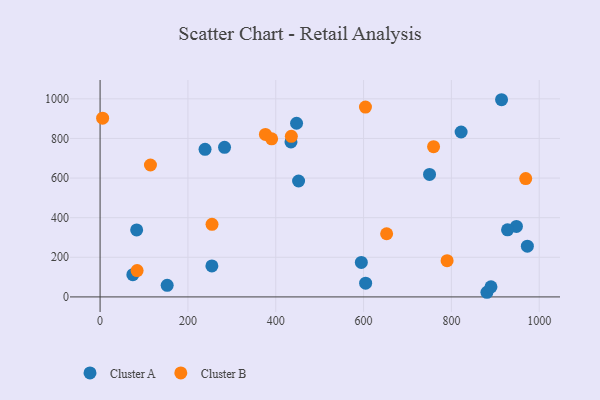
{"axis": {"x": "Engine Size", "y": "Yield"}, "legend": ["Cluster A", "Cluster B"], "data": [{"x": "434.7", "y": 782.6, "type": "Cluster A"}, {"x": "822.1", "y": 832.6, "type": "Cluster A"}, {"x": "283.4", "y": 755.0, "type": "Cluster A"}, {"x": "254.6", "y": 156.2, "type": "Cluster A"}, {"x": "750.2", "y": 618.2, "type": "Cluster A"}, {"x": "880.9", "y": 23.4, "type": "Cluster A"}, {"x": "890.1", "y": 50.8, "type": "Cluster A"}, {"x": "973.0", "y": 255.9, "type": "Cluster A"}, {"x": "152.8", "y": 58.7, "type": "Cluster A"}, {"x": "239.0", "y": 744.9, "type": "Cluster A"}, {"x": "74.6", "y": 112.2, "type": "Cluster A"}, {"x": "83.3", "y": 338.1, "type": "Cluster A"}, {"x": "604.7", "y": 69.5, "type": "Cluster A"}, {"x": "447.4", "y": 876.7, "type": "Cluster A"}, {"x": "948.1", "y": 355.6, "type": "Cluster A"}, {"x": "927.8", "y": 338.6, "type": "Cluster A"}, {"x": "452.0", "y": 585.1, "type": "Cluster A"}, {"x": "594.9", "y": 173.9, "type": "Cluster A"}, {"x": "914.2", "y": 995.5, "type": "Cluster A"}, {"x": "604.3", "y": 958.2, "type": "Cluster B"}, {"x": "652.5", "y": 318.9, "type": "Cluster B"}, {"x": "435.5", "y": 810.8, "type": "Cluster B"}, {"x": "790.2", "y": 183.1, "type": "Cluster B"}, {"x": "114.7", "y": 666.0, "type": "Cluster B"}, {"x": "376.5", "y": 820.4, "type": "Cluster B"}, {"x": "390.7", "y": 798.0, "type": "Cluster B"}, {"x": "969.2", "y": 597.2, "type": "Cluster B"}, {"x": "5.8", "y": 902.3, "type": "Cluster B"}, {"x": "254.9", "y": 366.2, "type": "Cluster B"}, {"x": "84.3", "y": 133.1, "type": "Cluster B"}, {"x": "759.4", "y": 758.7, "type": "Cluster B"}]}